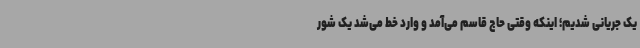
یک جریانی شدیم؛ اینکه وقتی حاج قاسم می‌آمد و وارد خط می‌شد یک شور